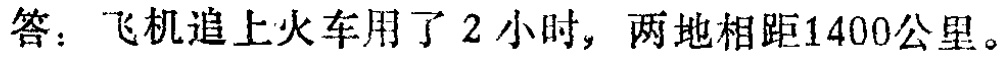
答：飞机追上火车用了 2 小时，两地相距1400公里。